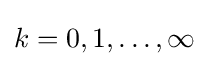
k=0,1,\ldots ,\infty